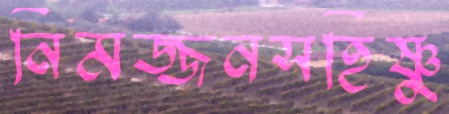
নিমজ্জনসহিষ্ণু